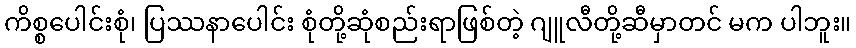
ကိစ္စပေါင်းစုံ၊ ပြဿနာပေါင်း စုံတို့ဆုံစည်းရာဖြစ်တဲ့ ဂျူလီတို့ဆီမှာတင် မက ပါဘူး။